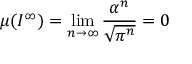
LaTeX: \mu ( I ^ { \infty } ) = \operatorname * { l i m } _ { n \rightarrow \infty } \frac { \alpha ^ { n } } { \sqrt { \pi ^ { n } } } = 0